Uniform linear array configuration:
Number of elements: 8
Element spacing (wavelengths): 0.75
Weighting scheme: blackman
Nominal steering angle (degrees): -45
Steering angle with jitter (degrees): -43.939
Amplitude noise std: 0.05
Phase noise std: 0.05

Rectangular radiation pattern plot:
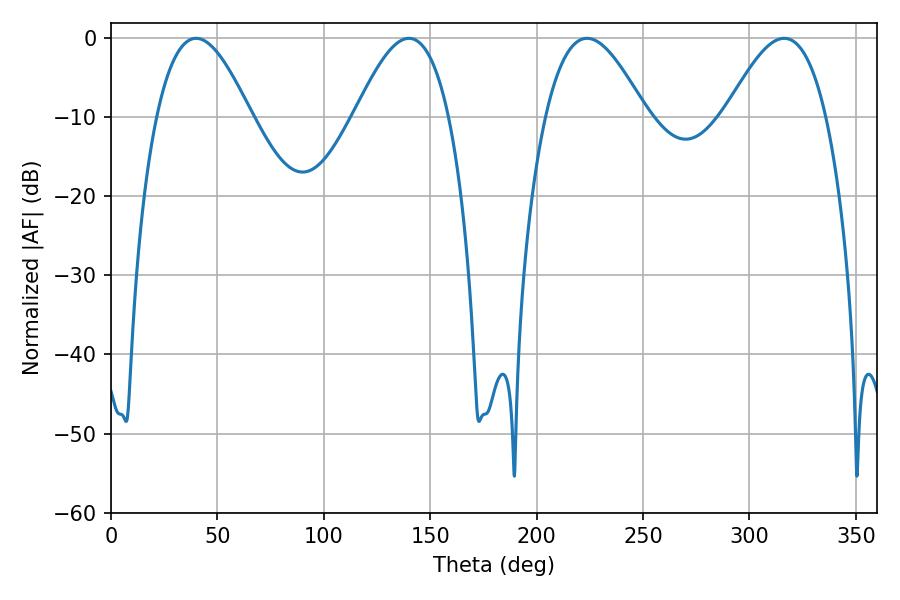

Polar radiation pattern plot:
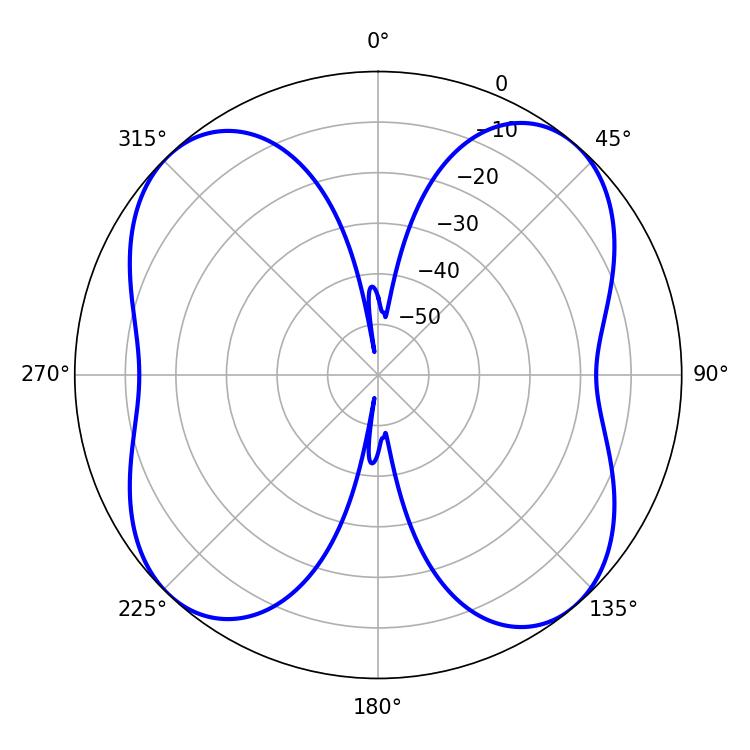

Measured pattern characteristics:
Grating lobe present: TRUE
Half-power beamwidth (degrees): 23.94
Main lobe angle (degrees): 39.96